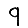
Digit: 9